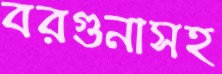
বরগুনাসহ